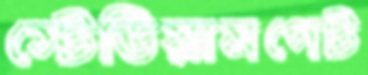
স্টেডিয়ামগেট